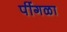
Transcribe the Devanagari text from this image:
पींगळा